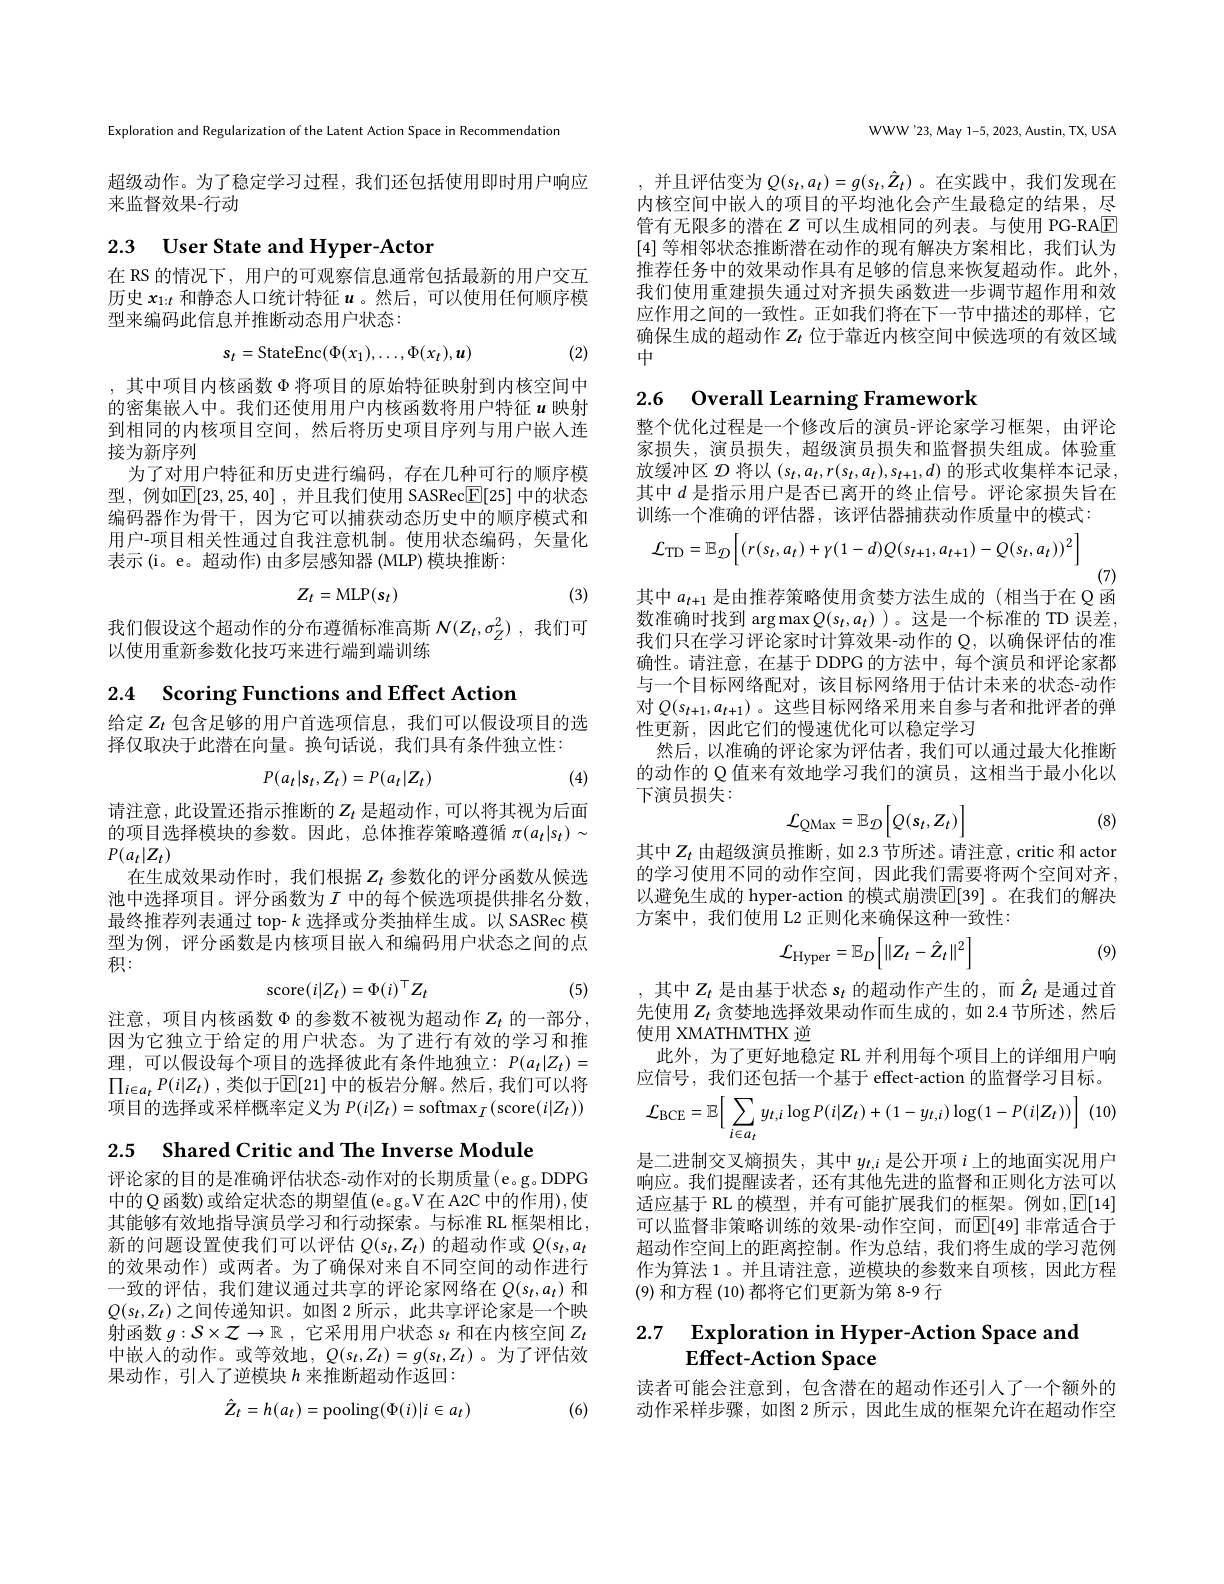
Exploration and Regularization of the Latent Action Space in Recommendation

超级动作。为了稳定学习过程，我们还包括使用即时用户响应
来监督效果-行动

# 2.3 User State and Hyper-Actor

在 RS 的情况下，用户的可观察信息通常包括最新的用户交互历史$x_{1:t}$和静态人口统计特征$u$。然后，可以使用任何顺序模型来编码此信息并推断动态用户状态：
$$s_t=\mathrm{StateEnc}(\Phi(x_1),\ldots,\Phi(x_t),\boldsymbol{u})$$
(2)

,其中项目内核函数$\Phi$将项目的原始特征映射到内核空间中的密集嵌入中。我们还使用用户内核函数将用户特征$u$映射到相同的内核项目空间，然后将历史项目序列与用户嵌人连接为新序列
为了对用户特征和历史进行编码，存在几种可行的顺序模型，例如$\mathbb{E} [ 23, 25, 40]$ , 并且我们使用 SASRec$\mathbb{E}[25]$ 中的状态编码器作为骨干，因为它可以捕获动态历史中的顺序模式和用户-项目相关性通过自我注意机制。使用状态编码，矢量化表示(i。e。超动作)由多层感知器 (MLP) 模块推断：
$$Z_t=\mathrm{MLP}(s_t)$$
(3)

我们假设这个超动作的分布遵循标准高斯$N(Z_t,\sigma_Z^2)$ ,我们可
以使用重新参数化技巧来进行端到端训练

2.4 $\textbf{Scoring Functions and Effect Action}$

给定$Z_t$包含足够的用户首选项信息，我们可以假设项目的选
择仅取决于此潜在向量。换句话说，我们具有条件独立性：

(4)
$$P(a_t|s_t,Z_t)=P(a_t|Z_t)$$
请注意，此设置还指示推断的$Z_t$ 是超动作，可以将其视为后面的项目选择模块的参数。因此，总体推荐策略遵循$\pi(a_t|s_t)\sim$ $P(a_t|Z_t)$
在生成效果动作时，我们根据$Z_t$参数化的评分函数从候选池中选择项目。评分函数为$I$ 中的每个候选项提供排名分数， 最终推荐列表通过 top- $k$选择或分类抽样生成。以 SASRec 模型为例，评分函数是内核项目嵌入和编码用户状态之间的点积：
$$\mathrm{score}(i|Z_t)=\Phi(i)^\top Z_t$$
(5)

注意，项目内核函数$\Phi$的参数不被视为超动作$Z_t$的一部分， 因为它独立于给定的用户状态。为了进行有效的学习和推理，可以假设每个项目的选择彼此有条件地独立：$P(a_t|Z_t)=$ $\prod _{i\in a_t}P( i| Z_t)$ ,类似于$\mathbb{E}[21]$ 中的板岩分解。然后 ,我们可以将项目的选择或采样概率定义为$P(i|Z_t)=\operatorname{softmax}_I(\operatorname{score}(i|Z_t))$

2.5 $\textbf{Shared Critic and The Inverse Module}$

评论家的目的是准确评估状态-动作对的长期质量(e。g。DDPG 中的 Q 函数) 或给定状态的期望值 (e 。g .V 在 A2C 中的作用),使其能够有效地指导演员学习和行动探索。与标准 RL 框架相比， 新的问题设置使我们可以评估$Q(s_t,Z_t)$的超动作或$Q(s_t,a_t$ 的效果动作)或两者。为了确保对来自不同空间的动作进行一致的评估，我们建议通过共享的评论家网络在$Q(s_t,a_t)$和$Q(s_t,Z_t)$之间传递知识。如图 2 所示，此共享评论家是一个映射函数$g:S\times\mathcal{Z}\to\mathbb{R}$ ,它采用用户状态$s_t$和在内核空间$Z_t$ 中嵌入的动作。或等效地，$Q(s_t,Z_t)=g(s_t,Z_t)$ 。为了评估效果动作，引人了逆模块$h$来推断超动作返回：

(6)
$$\hat{Z}_t=h(a_t)=\mathrm{pooling}(\Phi(i)|i\in a_t)$$
WWW'23, May 1-5, 2023, Austin, TX, USA

,并且评估变为$Q(s_t,a_t)=g(s_t,\hat{Z}_t)$ 。在实践中，我们发现在内核空间中嵌人的项目的平均池化会产生最稳定的结果，尽管有无限多的潜在$Z$ 可以生成相同的列表。与使用 PG-RA$\boxed{\mathrm{E}}$ [4]等相邻状态推断潜在动作的现有解决方案相比，我们认为推荐任务中的效果动作具有足够的信息来恢复超动作。此外， 我们使用重建损失通过对齐损失函数进一步调节超作用和效应作用之间的一致性。正如我们将在下一节中描述的那样，它确保生成的超动作$Z_t$位于靠近内核空间中候选项的有效区域中

# 2.6 Overall Learning Framework

整个优化过程是一个修改后的演员-评论家学习框架，由评论家损失，演员损失，超级演员损失和监督损失组成。体验重放缓冲区$\mathcal{D}$将以$(s_t,a_t,r(s_t,a_t),s_{t+1},d)$的形式收集样本记录， 其中$d$是指示用户是否已离开的终止信号。评论家损失旨在训练一个准确的评估器，该评估器捕获动作质量中的模式：
$$\mathcal{L}_{\mathrm{TD}}=\mathbb{E}_{\mathcal{D}}\Big[(r(s_{t},a_{t})+\gamma(1-d)Q(s_{t+1},a_{t+1})-Q(s_{t},a_{t}))^{2}\Big]$$
(7)
其中$a_{t+1}$是由推荐策略使用贪婪方法生成的(相当于在Q函

数准确时找到 arg$\max Q(s_t,a_t)$ )。这是一个标准的 TD 误差， 我们只在学习评论家时计算效果-动作的 Q, 以确保评估的准确性。请注意，在基于 DDPG 的方法中，每个演员和评论家都与一个目标网络配对，该目标网络用于估计未来的状态-动作对$Q(s_{t+1},a_{t+1})$ 。这些目标网络采用来自参与者和批评者的弹性更新，因此它们的慢速优化可以稳定学习
然后，以准确的评论家为评估者，我们可以通过最大化推断的动作的 Q 值来有效地学习我们的演员，这相当于最小化以下演员损失：
$$\mathcal{L}_{\mathrm{QMax}}=\mathbb{E}_{\mathcal{D}}\Big[Q(s_{t},Z_{t})\Big]$$
(8)

其中$Z_t$由超级演员推断，如 2.3 节所述。请注意，critic 和 actor 的学习使用不同的动作空间，因此我们需要将两个空间对齐， 以避免生成的 hyper-action 的模式崩溃$\mathbb{E}[$39]。在我们的解决方案中，我们使用 L2 正则化来确保这种一致性：

(9)
$$\mathcal{L}_{\mathrm{Hyper}}=\mathbb{E}_{D}\left[\|Z_{t}-\hat{Z}_{t}\|^{2}\right]$$
$$\mathcal{L}_{\mathrm{BCE}}=\mathbb{E}\Big[\sum_{i\in a_{t}}y_{t,i}\log P(i|Z_{t})+(1-y_{t,i})\log(1-P(i|Z_{t}))\Big]$$
,其中$Z_t$是由基于状态$s_t$的超动作产生的，而$\hat{Z}_t$是通过首先使用$Z_t$贪婪地选择效果动作而生成的，如 2.4 节所述，然后使用 XMATHMTHX 逆
此外，为了更好地稳定 RL 并利用每个项目上的详细用户响应信号，我们还包括一个基于 effect-action 的监督学习目标。是二进制交叉熵损失，其中$y_{t,i}$是公开项$i$上的地面实况用户响应。我们提醒读者，还有其他先进的监督和正则化方法可以适应基于 RL 的模型，并有可能扩展我们的框架。例如$,\boxed{\mathbb{E}[14]}$ 可以监督非策略训练的效果-动作空间，而$\mathbb{E}[49]$ 非常适合于超动作空间上的距离控制。作为总结，我们将生成的学习范例作为算法 1。并且请注意，逆模块的参数来自项核，因此方程(9) 和方程 (10) 都将它们更新为第 8-9 行

### 2.7 $\textbf{Exploration in Hyper- Action Space and}$ Effect-Action Space

读者可能会注意到，包含潜在的超动作还引人了一个额外的动作采样步骤，如图 2 所示，因此生成的框架允许在超动作空